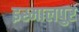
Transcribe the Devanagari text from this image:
इस्मालपुर